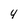
Character: 4